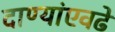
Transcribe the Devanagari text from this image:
दाण्यांएवढे